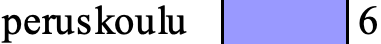
peruskoulu 6